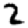
Digit: 2